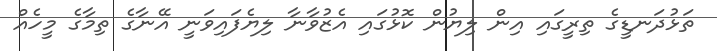
ތަޅުދަނޑީގެ ތިރީގައި އިން ލިޔުން ކޮޅުގައި އެޒުވާނާ ލިޔެފައިވަނީ އޭނާގެ ތިމާގެ މީހެއް